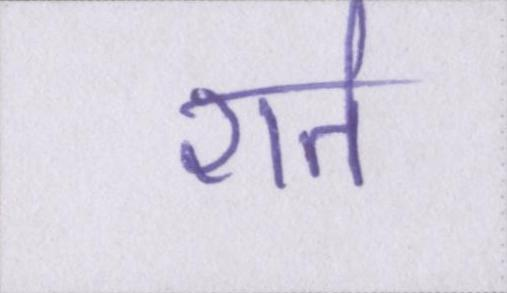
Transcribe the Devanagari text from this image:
शर्त